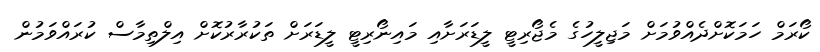
ކޯރަމް ހަމަކޮށްދެއްވުމަށް މަޖިލީހުގެ މެޖޯރިޓީ ލީޑަރަށާއި މައިނޯރިޓީ ލީޑަރަށް ތަކުރާރުކޮށް އިލްތިމާސް ކުރައްވަމުން